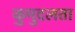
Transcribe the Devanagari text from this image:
कुमुदलता